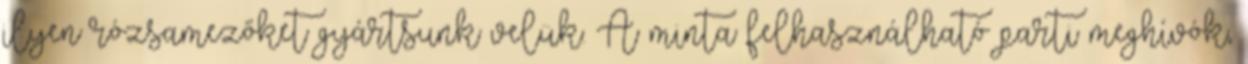
ilyen rózsamezőket gyártsunk velük. A minta felhasználható parti meghívók,